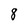
Character: 8